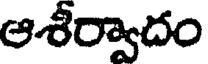
ఆశీర్వాదం